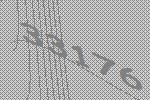
33176